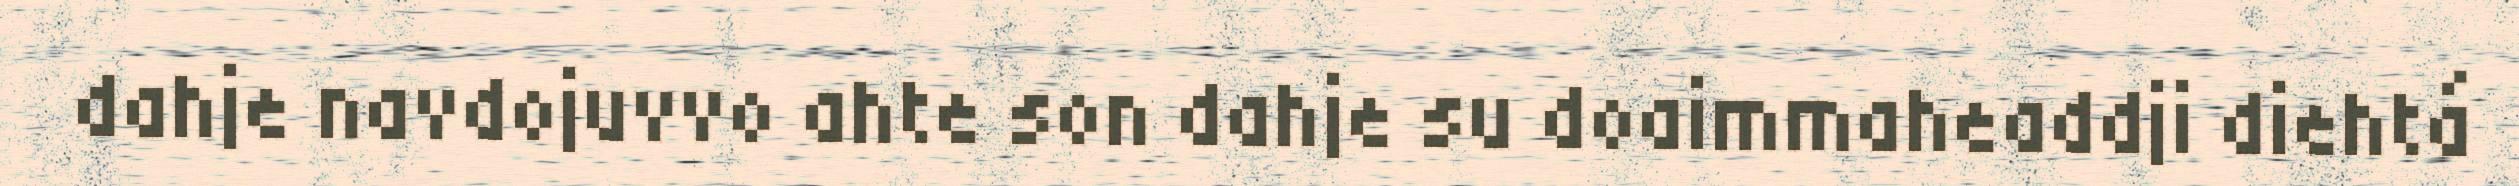
dahje navdojuvvo ahte son dahje su doaimmaheaddji diehtá